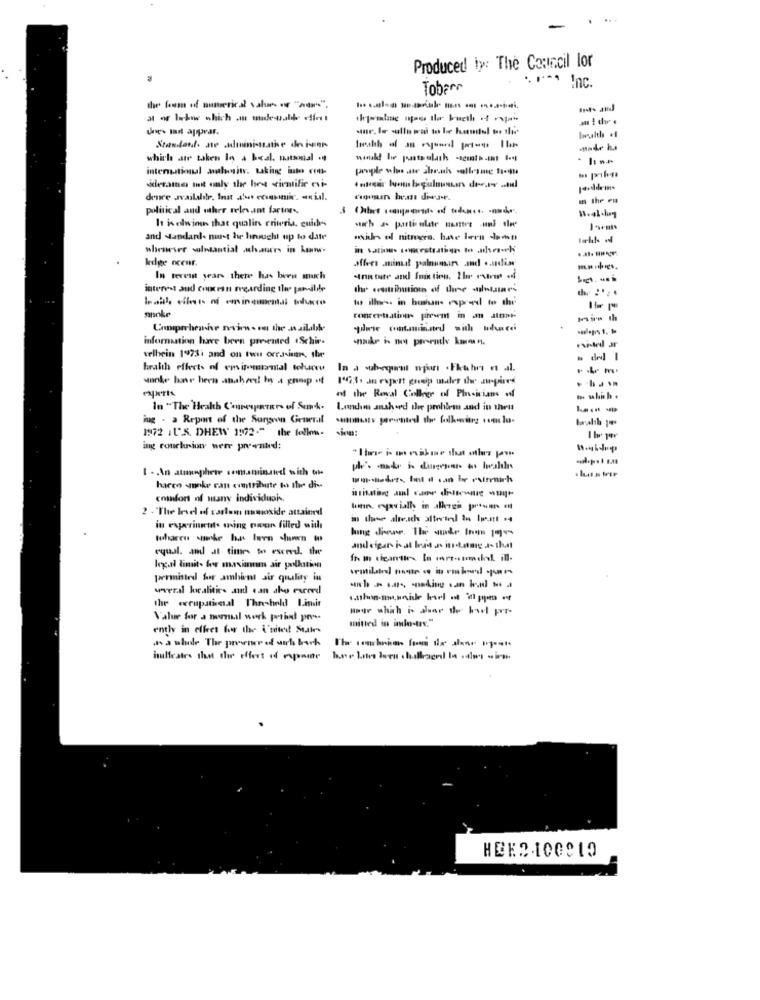
Produced ty: The Council lor
Tobarn
***** Inc.
the loom of numerical values . "wow"".
Une- mail appear.
Standon. ate administrathe de ier
which are taken In a beal. batsonal .
work! he pato ulash -sguth .it t-
international ahmit, taking into ct-
prople wie wir Sbeach volleyme 10-40
dlerate not only the best cientific evi-
denre available, Inat alut economic. . il.
m the en
political and other relevant fartos -,
It iselwios that qualins criteria, quiches
sich as parti ulate nantes uni ele
and standards nurst he hrucht up to date
whenever solntantial .schauer, in kaanw.
kedge ocenr.
offers animal palnoirs and .andise
In recent years there has been much
interest aud concran merding the panilde
the 21 ;.
to ille. in burun espred to the
spoke
concentrating- present in J ater-
mire th
Comprehensive review. ou the .nailable
information have been presented 1Schir-
welhein 1973; and on twu orrasin, the
health effects of emirmental toluce
In a subegurut mars . Fkuhrs et al.
wonder har hern mahed by a group of
edf the Royal College of Ph-icians of
In "The Health Coreynur of Sun4.
Landam mah ord the problem and in theu
ing . a Report of the Surgeon General .onun ... porvented the following volu-
1972 1U'S. DHEW' 1972." the follow-
ing couchrion were preented:
I - An atmosphere somaminated with the
harco make ran cvmtribute to the di-
comfort of many individuais
2 - The level of carlem namoxide attained
in the alte.sch altertel lu Ip-mt .4
in experinuts ming power filled with
equal. and at times to exceed. the
legal limit. for marsianum air pollution
permitted for ambient air quality in
wweral localities and can abo exceed
the occupatisesal Threshold I.imit
Hour which is alar de boel pri-
Value for a somnul work pried pe
mitted in il-tav."
ently in effeet for the i'nited Staates
as a whole The presence of work bork
hulfratre shut dir effect of esposte hne lite les chillace la cam -
HEE2-100019